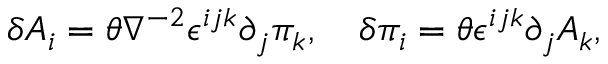
\delta A _ { i } = \theta \nabla ^ { - 2 } \epsilon ^ { i j k } \partial _ { j } \pi _ { k } , \quad \delta \pi _ { i } = \theta \epsilon ^ { i j k } \partial _ { j } A _ { k } ,